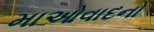
માઓવાદનો